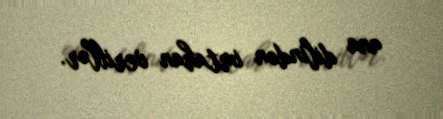
ana dilindən imtahan veriblər.